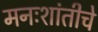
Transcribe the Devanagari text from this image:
मनःशांतीचे